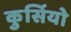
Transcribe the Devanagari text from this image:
कुर्सियो